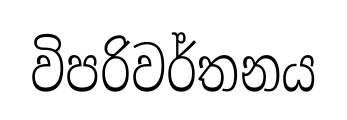
විපරිවර්තනය